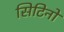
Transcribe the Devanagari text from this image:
सिटिनो